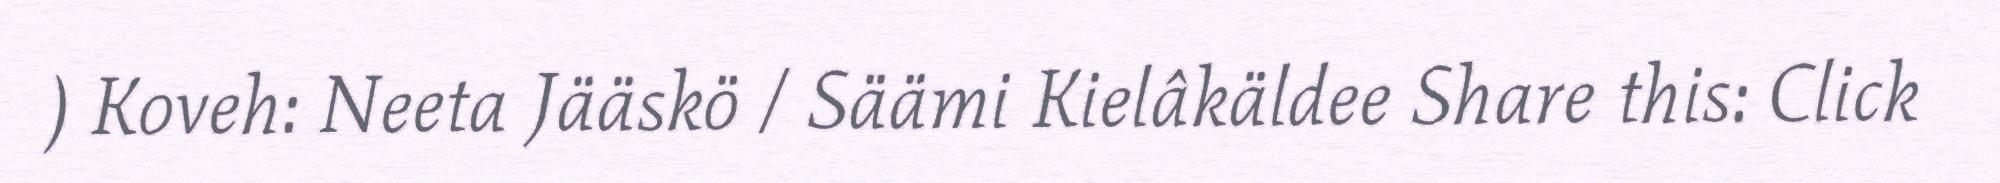
) Koveh: Neeta Jääskö / Säämi Kielâkäldee Share this: Click